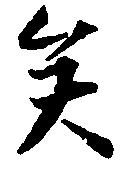
矣